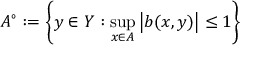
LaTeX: A ^ { \circ } : = \left\{ y \in Y : \operatorname* { s u p } _ { x \in A } \left| b ( x , y ) \right| \leq 1 \right\}